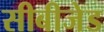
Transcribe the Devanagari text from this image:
सीबीजेड